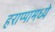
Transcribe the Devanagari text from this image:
हराप्पामध्ये